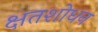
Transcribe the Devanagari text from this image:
क्षतशोधन